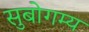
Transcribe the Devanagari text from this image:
सुबोगम्य